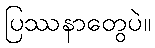
ပြဿနာတွေပဲ။